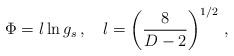
LaTeX: \begin{align*}\Phi=l \ln g_s\, ,\quad l=\left(\frac{8}{D-2}\right)^{1/2}\, ,\end{align*}